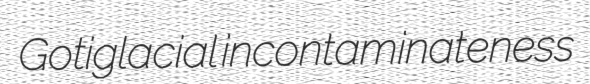
Gotiglacial incontaminateness